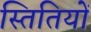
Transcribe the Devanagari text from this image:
स्तितियों